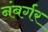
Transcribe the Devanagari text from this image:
नंबर्गर